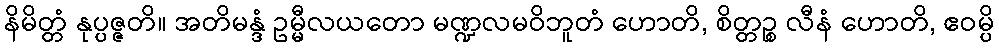
နိမိတ္တံ နုပ္ပဇ္ဇတိ။ အတိမန္ဒံ ဥမ္မီလယတော မဏ္ဍလမဝိဘူတံ ဟောတိ, စိတ္တဉ္စ လီနံ ဟောတိ, ဧဝမ္ပိ